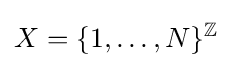
X=\{1,\ldots ,N\}^{\mathbb {Z} }